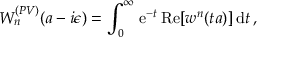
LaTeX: W _ { n } ^ { ( P V ) } ( a - i \epsilon ) = \int _ { 0 } ^ { \infty } \, \mathrm { e } ^ { - t } \, \mathrm { R e } [ w ^ { n } ( t a ) ] \, \mathrm { d } t \, ,